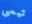
تيمى